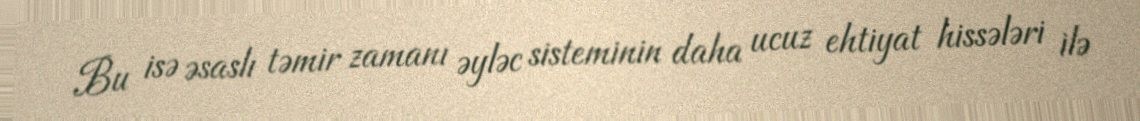
Bu isə əsaslı təmir zamanı əyləc sisteminin daha ucuz ehtiyat hissələri ilə